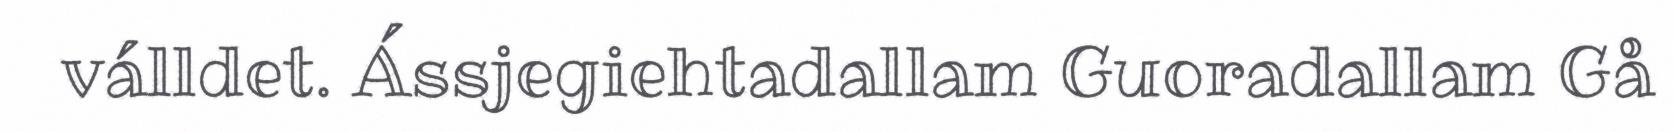
válldet. Ássjegiehtadallam Guoradallam Gå